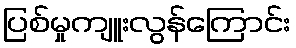
ပြစ်မှုကျူးလွန်ကြောင်း